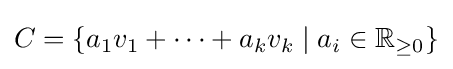
C=\{a_{1}v_{1}+\cdots +a_{k}v_{k}\mid a_{i}\in \mathbb {R} _{\geq 0}\}